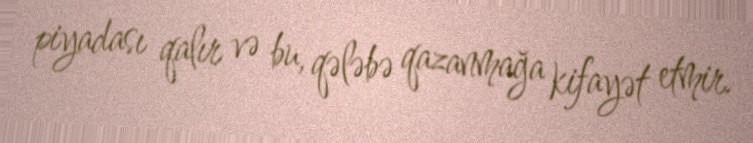
piyadası qalır və bu, qələbə qazanmağa kifayət etmir.